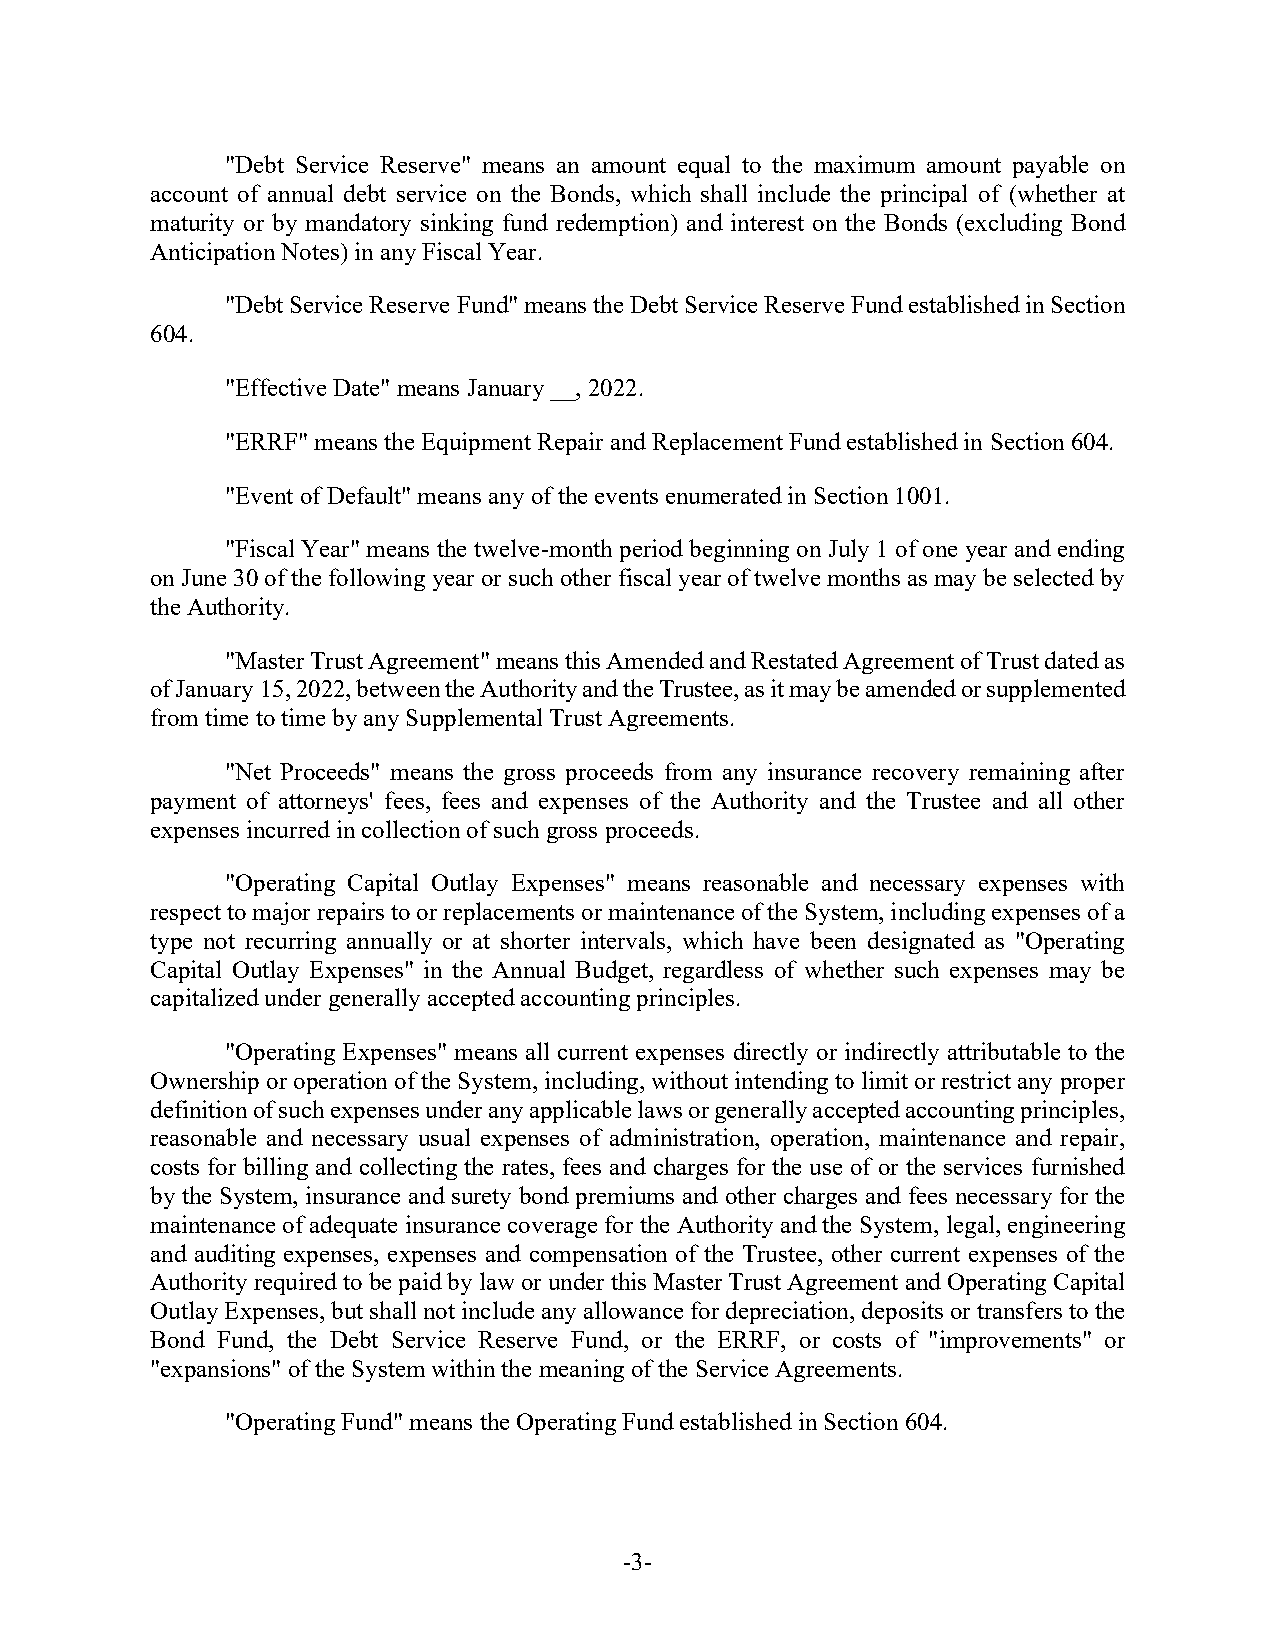
"Debt Service Reserve" means an amount equal to the maximum amount payable on
 account of annual debt service on the Bonds, which shall include the principal of (whether at
 maturity or by mandatory sinking fund redemption) and interest on the Bonds (excluding Bond
 Anticipation Notes) in any Fiscal Year.
 "Debt Service Reserve Fund" means the Debt Service Reserve Fund established in Section
 604.
 "Effective Date" means January __, 2022.
 "ERRF" means the Equipment Repair and Replacement Fund established in Section 604.
 "Event of Default" means any of the events enumerated in Section 1001.
 "Fiscal Year" means the twelve-month period beginning on July 1 of one year and ending
 on June 30 of the following year or such other fiscal year of twelve months as may be selected by
 the Authority.
 "Master Trust Agreement" means this Amended and Restated Agreement of Trust dated as
 of January 15, 2022, between the Authority and the Trustee, as it may be amended or supplemented
 from time to time by any Supplemental Trust Agreements.
 "Net Proceeds" means the gross proceeds from any insurance recovery remaining after
 payment of attorneys' fees, fees and expenses of the Authority and the Trustee and all other
 expenses incurred in collection of such gross proceeds.
 "Operating Capital Outlay Expenses" means reasonable and necessary expenses with
 respect to major repairs to or replacements or maintenance of the System, including expenses of a
 type not recurring annually or at shorter intervals, which have been designated as "Operating
 Capital Outlay Expenses" in the Annual Budget, regardless of whether such expenses may be
 capitalized under generally accepted accounting principles.
 "Operating Expenses" means all current expenses directly or indirectly attributable to the
 Ownership or operation of the System, including, without intending to limit or restrict any proper
 definition of such expenses under any applicable laws or generally accepted accounting principles,
 reasonable and necessary usual expenses of administration, operation, maintenance and repair,
 costs for billing and collecting the rates, fees and charges for the use of or the services furnished
 by the System, insurance and surety bond premiums and other charges and fees necessary for the
 maintenance of adequate insurance coverage for the Authority and the System, legal, engineering
 and auditing expenses, expenses and compensation of the Trustee, other current expenses of the
 Authority required to be paid by law or under this Master Trust Agreement and Operating Capital
 Outlay Expenses, but shall not include any allowance for depreciation, deposits or transfers to the
 Bond Fund, the Debt Service Reserve Fund, or the ERRF, or costs of "improvements" or
 "expansions" of the System within the meaning of the Service Agreements.
 "Operating Fund" means the Operating Fund established in Section 604.
 -3-